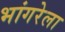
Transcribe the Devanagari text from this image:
भांगरेला